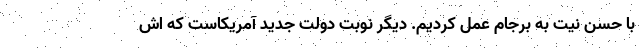
با حسن نیت به برجام عمل کردیم. دیگر نوبت دولت جدید آمریکاست که اش